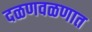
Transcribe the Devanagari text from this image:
दळणवळणात